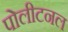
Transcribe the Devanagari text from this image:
पोलीटनल